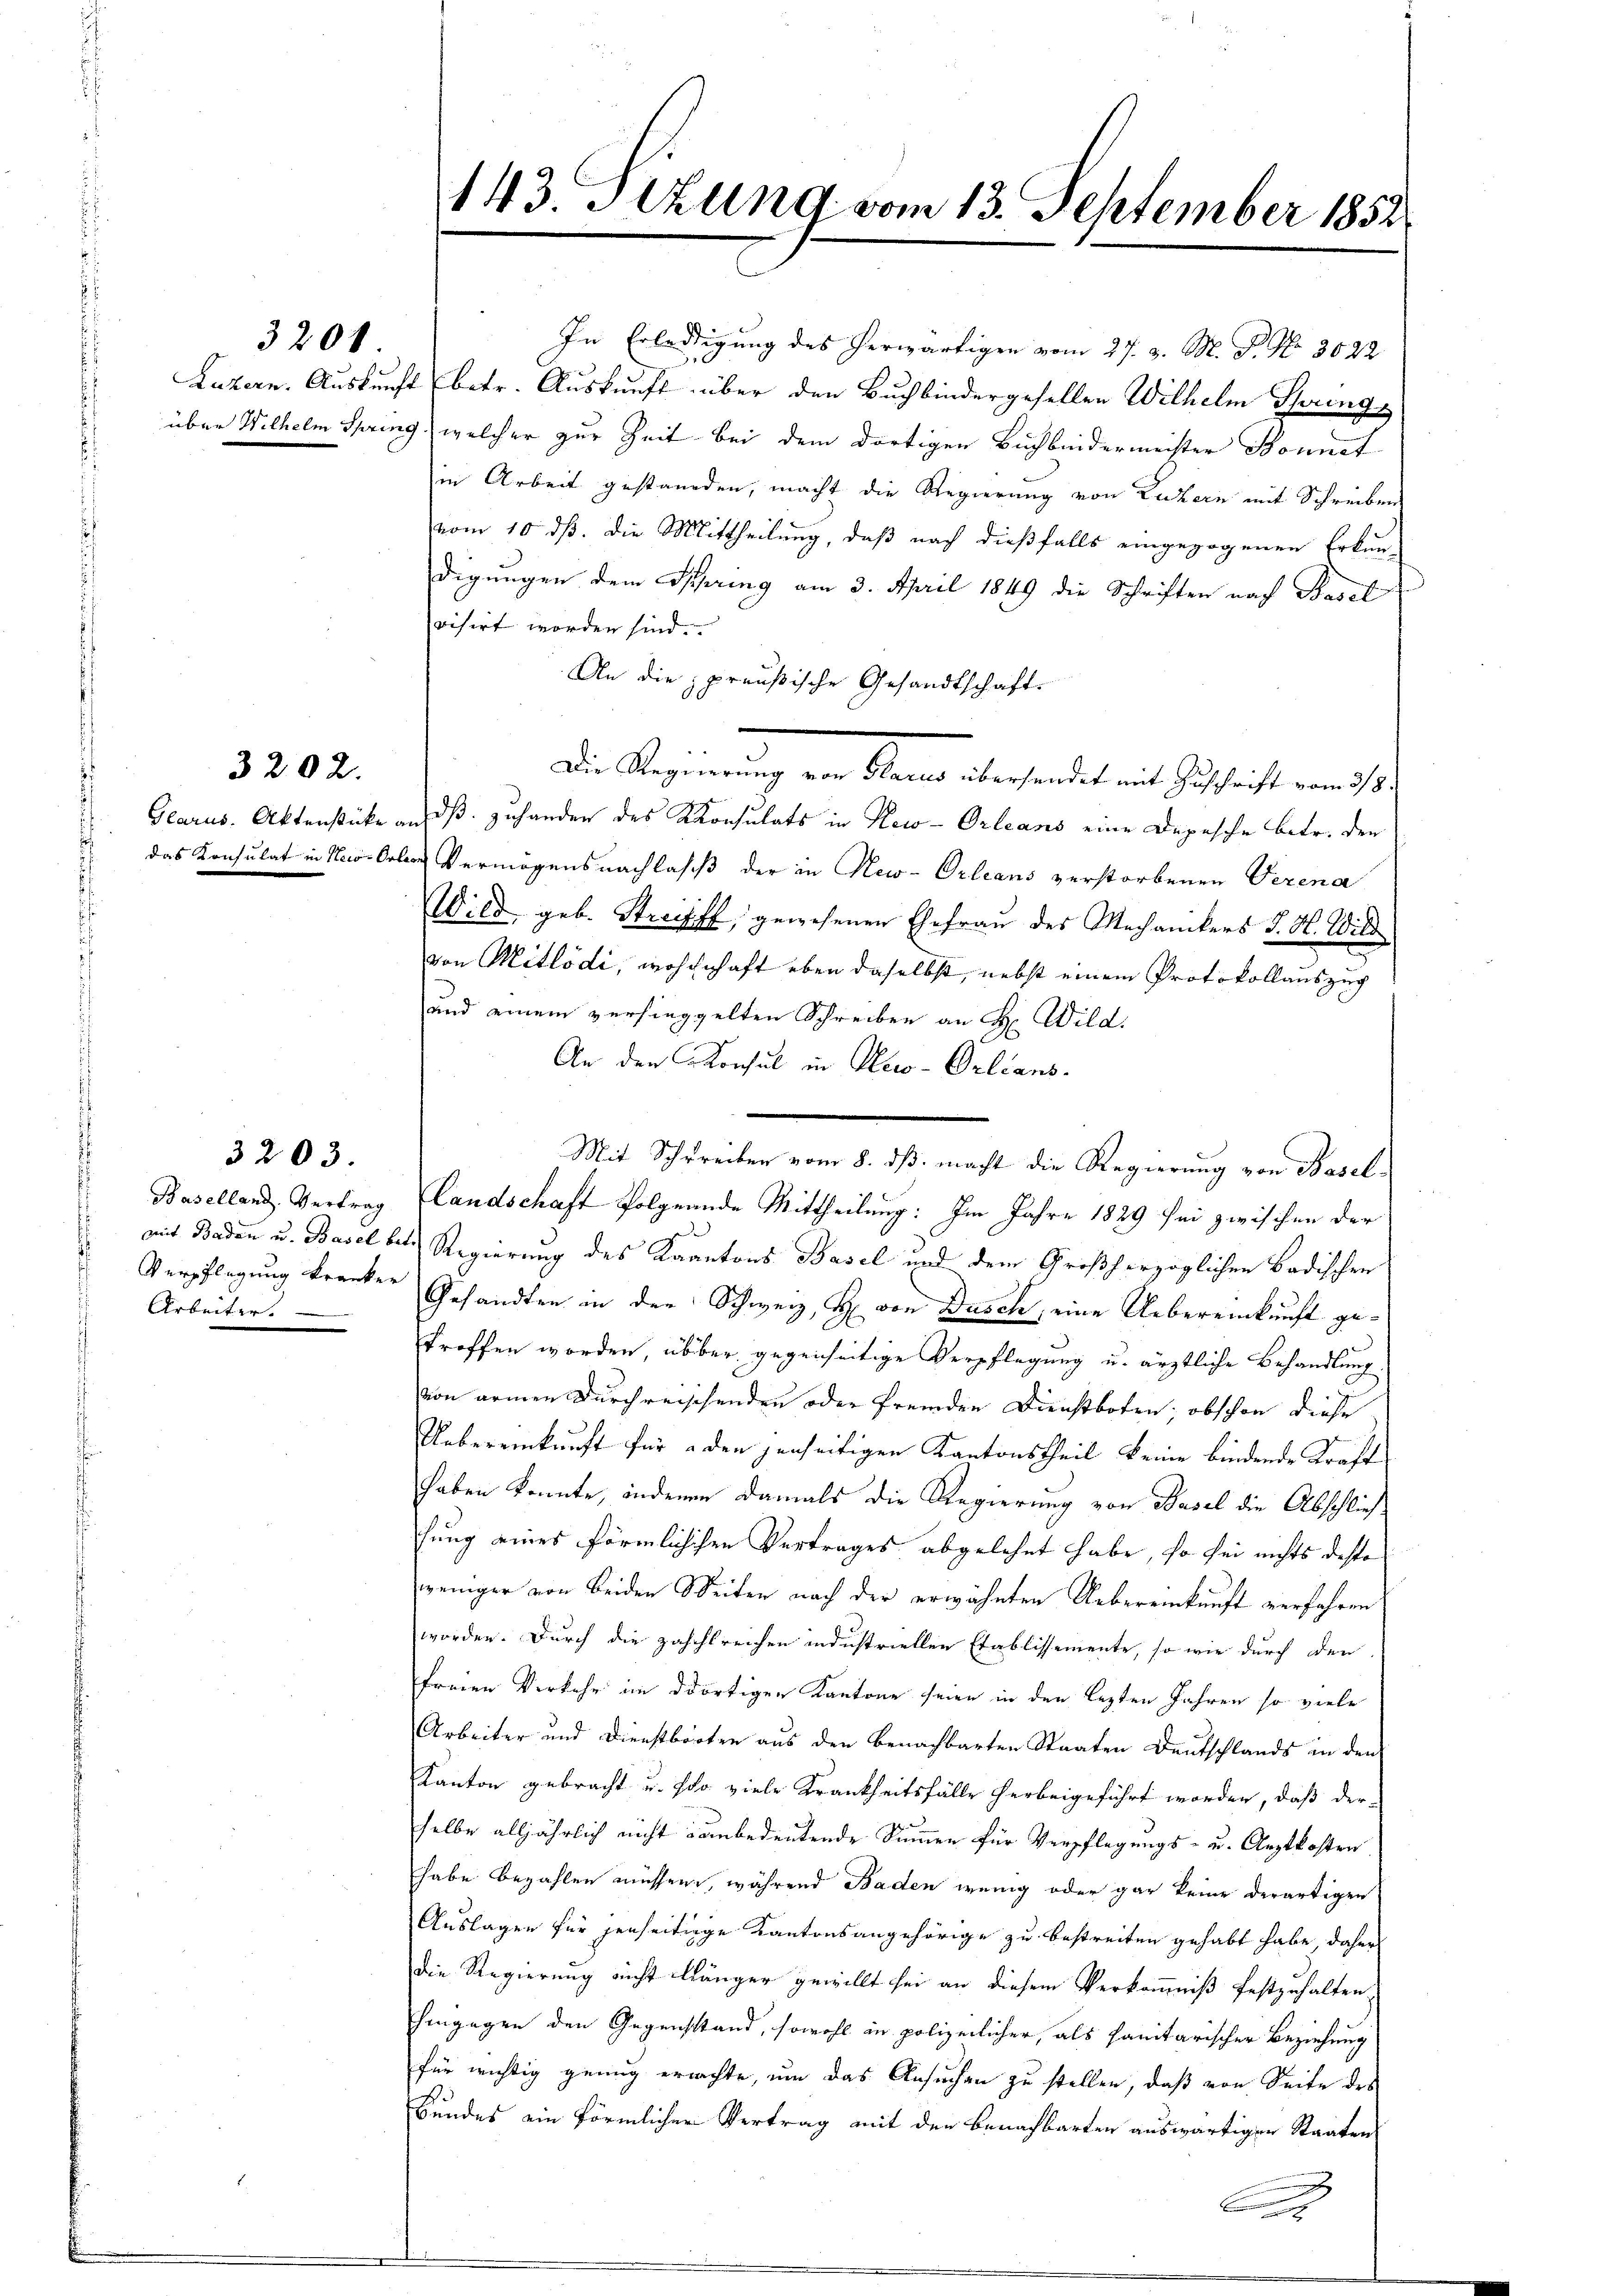
3200

3202.

3203.

über Wilhelm Spring, welcher zur Zeit bei dem dortigen Buch beidermeister Sonnet
in Arbeit gestanden, macht die Regierung von Luzern mit Schreibens
vom 10. ds. die Mittheilung, daß nach dießfalls eingezogenen Erkun-
digungen dem Spring am 3. April 1849 die Schriften nach Basel
visirt worden sind.
An die preußische Gesandtschafts
Die Regierung von Klein überstandet mit Geschicht von ist.
Glarus. Aktenstücke an ds zuhanden des Konsulats in New-Orleans eine Depesche betr. der
das Konsulat in Novellen Vermögensnachlass der in New-Orleans verstorbenen Verena
Wild, geb. Streifff, gewesenen Ehefrau des Mechanikers J. H. Wild
von Mitlödi, wohnhaft eben daselbst, nebst einem Protokollauszug
und einem versieggelten Schreiben an Hr. Wild.
An den Konsul in Alco-Orleans
Mit Schrecken vom 8. ds. macht die Regierung von Basel-
Baselland Vertrag (landschaft Polgnande Mittheilung: Im Jahre 1889 sei zwischen der
2
mit Baden u. Basel betr. Regierung des Kaantons Basel und dem Großherzoglichen Badischen
Verpflegung kranke Gesandten in der Schweiz, H. von Dusch, eine Uebereinkunft getroffen worden, über gegenseitige Verpflegung u. ärztliche Behandlung
von armen Durchreischenden oder fremden Dienstboten; obschon diese
Uebereinkunft für den jenseitigen Kantonstheil keine bindende Kraft
haben konnte, inderen damals die Regierung von Basel die Abschließsung eines förmlichchen Vertrages abgelehnt habe, so sei nichts desto
weniger von beiden Weiten nach der erwähnten Uebereinkunft verfahren
worden. Durch die zahlreichen industriellen Etablissemente, so wie durch den
freien Verkehr im dortigen Kantone seien in den lezten Jahren so viele
Arbeiter und Dienstbooten aus den benachbarten Staaten Deutschlands in den
Kanton gebracht u. scho viele Krankheitsfälle herbeigeführt worden, daß der-
selbe alljährlich nicht unbedeutende Summen für Verpflegungs- u. Arztkosten
habe bezahlen müssen, während Baden wenig oder gar keine derartigen
Auslagen für jenseitige Kantonsangehörige zu bestreiten gehabt habe, daher
die Regierung nicht länger gewillt sei an diesem Verkommniß festzuhalten,
hingegen den Gegensstand, sowohl in polizeilicher, als sanitarischer Beziehung
für wichtig genug errichte, um das Ansuchen zu stellen, daß von Seite des
Bundes ein förmlicher Vertrag mit der Benachbarten auswärtigen Staaten

Arbeiter.

143. Jezung vom 13. September 1852

In Erledigung des herwärtigen vom 27. d. M. P. Nr. 3022
Luzern. Auskunft (betr. Auskunft über den Buchbindergesellen Wilhelm Spring